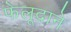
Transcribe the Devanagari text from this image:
फेलूदाने